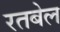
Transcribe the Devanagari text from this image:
रतबेल